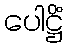
ပေါဋ္ဌိံ